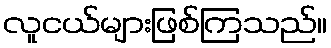
လူငယ်များဖြစ်ကြသည်။